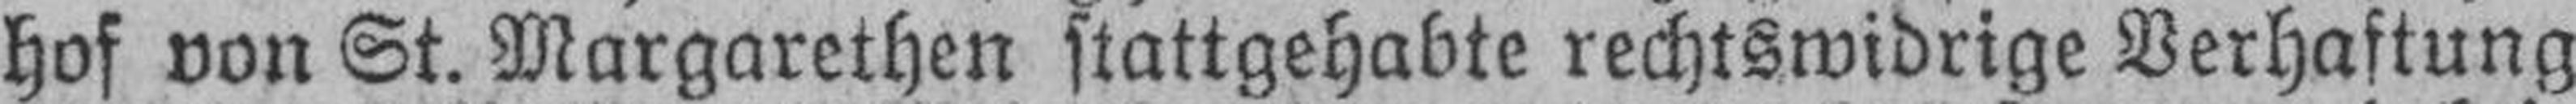
hof von St. Margarethen stattgehabte rechtswidrige Verhaftung